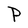
Character: P